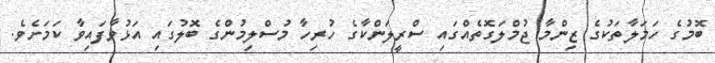
ބޮމުގެ ހަމަލާތަކުގެ ޒިންމާ ޖުމްލަގޮތެއްގައި ސްރީލަންކާގެ ހުރިހާ މުސްލިމުންގެ ބޮލުގައި އަޅުވާފައިވާ ކަމަށެވެ.